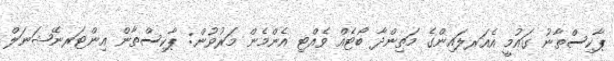
ޕާކިސްތާނު ގައުމީ އެއަރލައިންގެ މަތިންދާ ބޯޓެއް ވެއްޓި އެންމެން މަރުވުން: ޕާކިސްތާން އިންޓަރނޭޝަނަލް